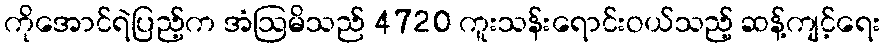
ကိုအောင်ရဲပြည့်က အံဩမိသည် 4720 ကူးသန်းရောင်းဝယ်သည့် ဆန့်ကျင့်ရေး